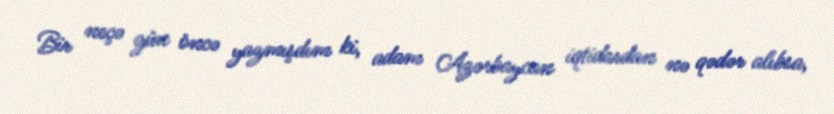
Bir neçə gün öncə yazmışdım ki, adam Azərbaycan iqtidardan nə qədər alıbsa,